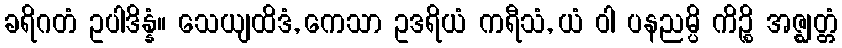
ခရိဂတံ ဥပါဒိန္နံ။ သေယျထိဒံ, ကေသာ ဥဒရိယံ ကရီသံ, ယံ ဝါ ပနညမ္ပိ ကိဉ္စိ အဇ္ဈတ္တံ